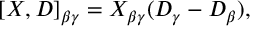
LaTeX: [ X , D ] _ { \beta \gamma } = X _ { \beta \gamma } ( D _ { \gamma } - D _ { \beta } ) ,